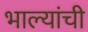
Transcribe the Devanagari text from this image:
भाल्यांची